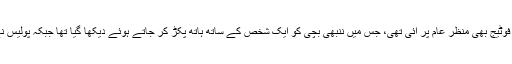
اس واقعے کے بعد سماجی رابطوں کی ویب سائٹس پر ایک سی سی ٹی وی فوٹیج بھی منظر عام پر آئی تھی، جس میں ننبھی بچی کو ایک شخص کے ساتھ ہاتھ پکڑ کر جاتے ہوئے دیکھا گیا تھا جبکہ پولیس نے اس ویڈیو اور اہل علاقہ کی مدد سے ملزم کا خاکہ بھی جاری کیا گیا تھا۔